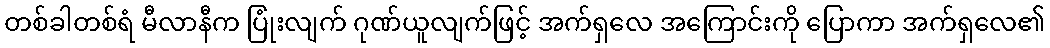
တစ်ခါတစ်ရံ မီလာနီက ပြုံးလျက် ဂုဏ်ယူလျက်ဖြင့် အက်ရှလေ အကြောင်းကို ပြောကာ အက်ရှလေ၏